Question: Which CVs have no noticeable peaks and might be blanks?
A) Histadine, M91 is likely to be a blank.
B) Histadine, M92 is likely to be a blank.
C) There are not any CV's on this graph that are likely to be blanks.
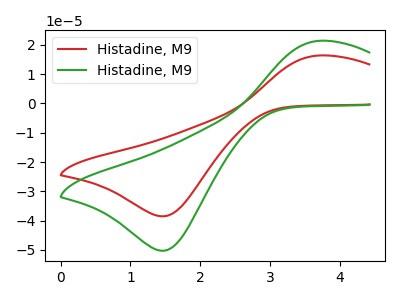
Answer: <think>The red curve "Histadine, M91" has an anodic peak at (3.70V, 16.35uA) and a cathodic peak at (1.50V, -38.50uA). The green curve "Histadine, M92" has an anodic peak at (3.70V, 21.35uA) and a cathodic peak at (1.50V, -50.25uA).</think>
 <answer>C) There are not any CV's on this graph that are likely to be blanks.</answer>
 <eval>C</eval>